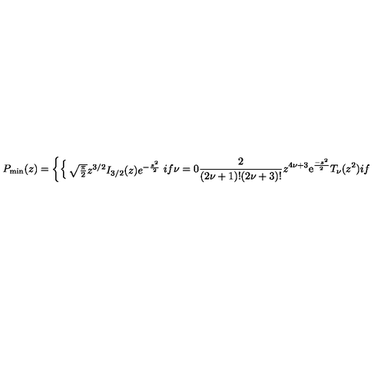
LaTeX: P _ { \mathrm { m i n } } ( z ) = \left\{ \begin{cases} { \sqrt { \frac { \pi } { 2 } } z ^ { 3 / 2 } I _ { 3 / 2 } ( z ) e ^ { - { \frac { z ^ { 2 } } { 2 } } } } & { i f \nu = 0 } \\ { { \frac { 2 } { ( 2 \nu + 1 ) ! ( 2 \nu + 3 ) ! } } z ^ { 4 \nu + 3 } \mathrm { e } ^ { \frac { - z ^ { 2 } } { 2 } } T _ { \nu } ( z ^ { 2 } ) } & { i f \nu > 0 . } \\ \end{cases} \right.